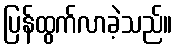
ပြန်ထွက်လာခဲ့သည်။